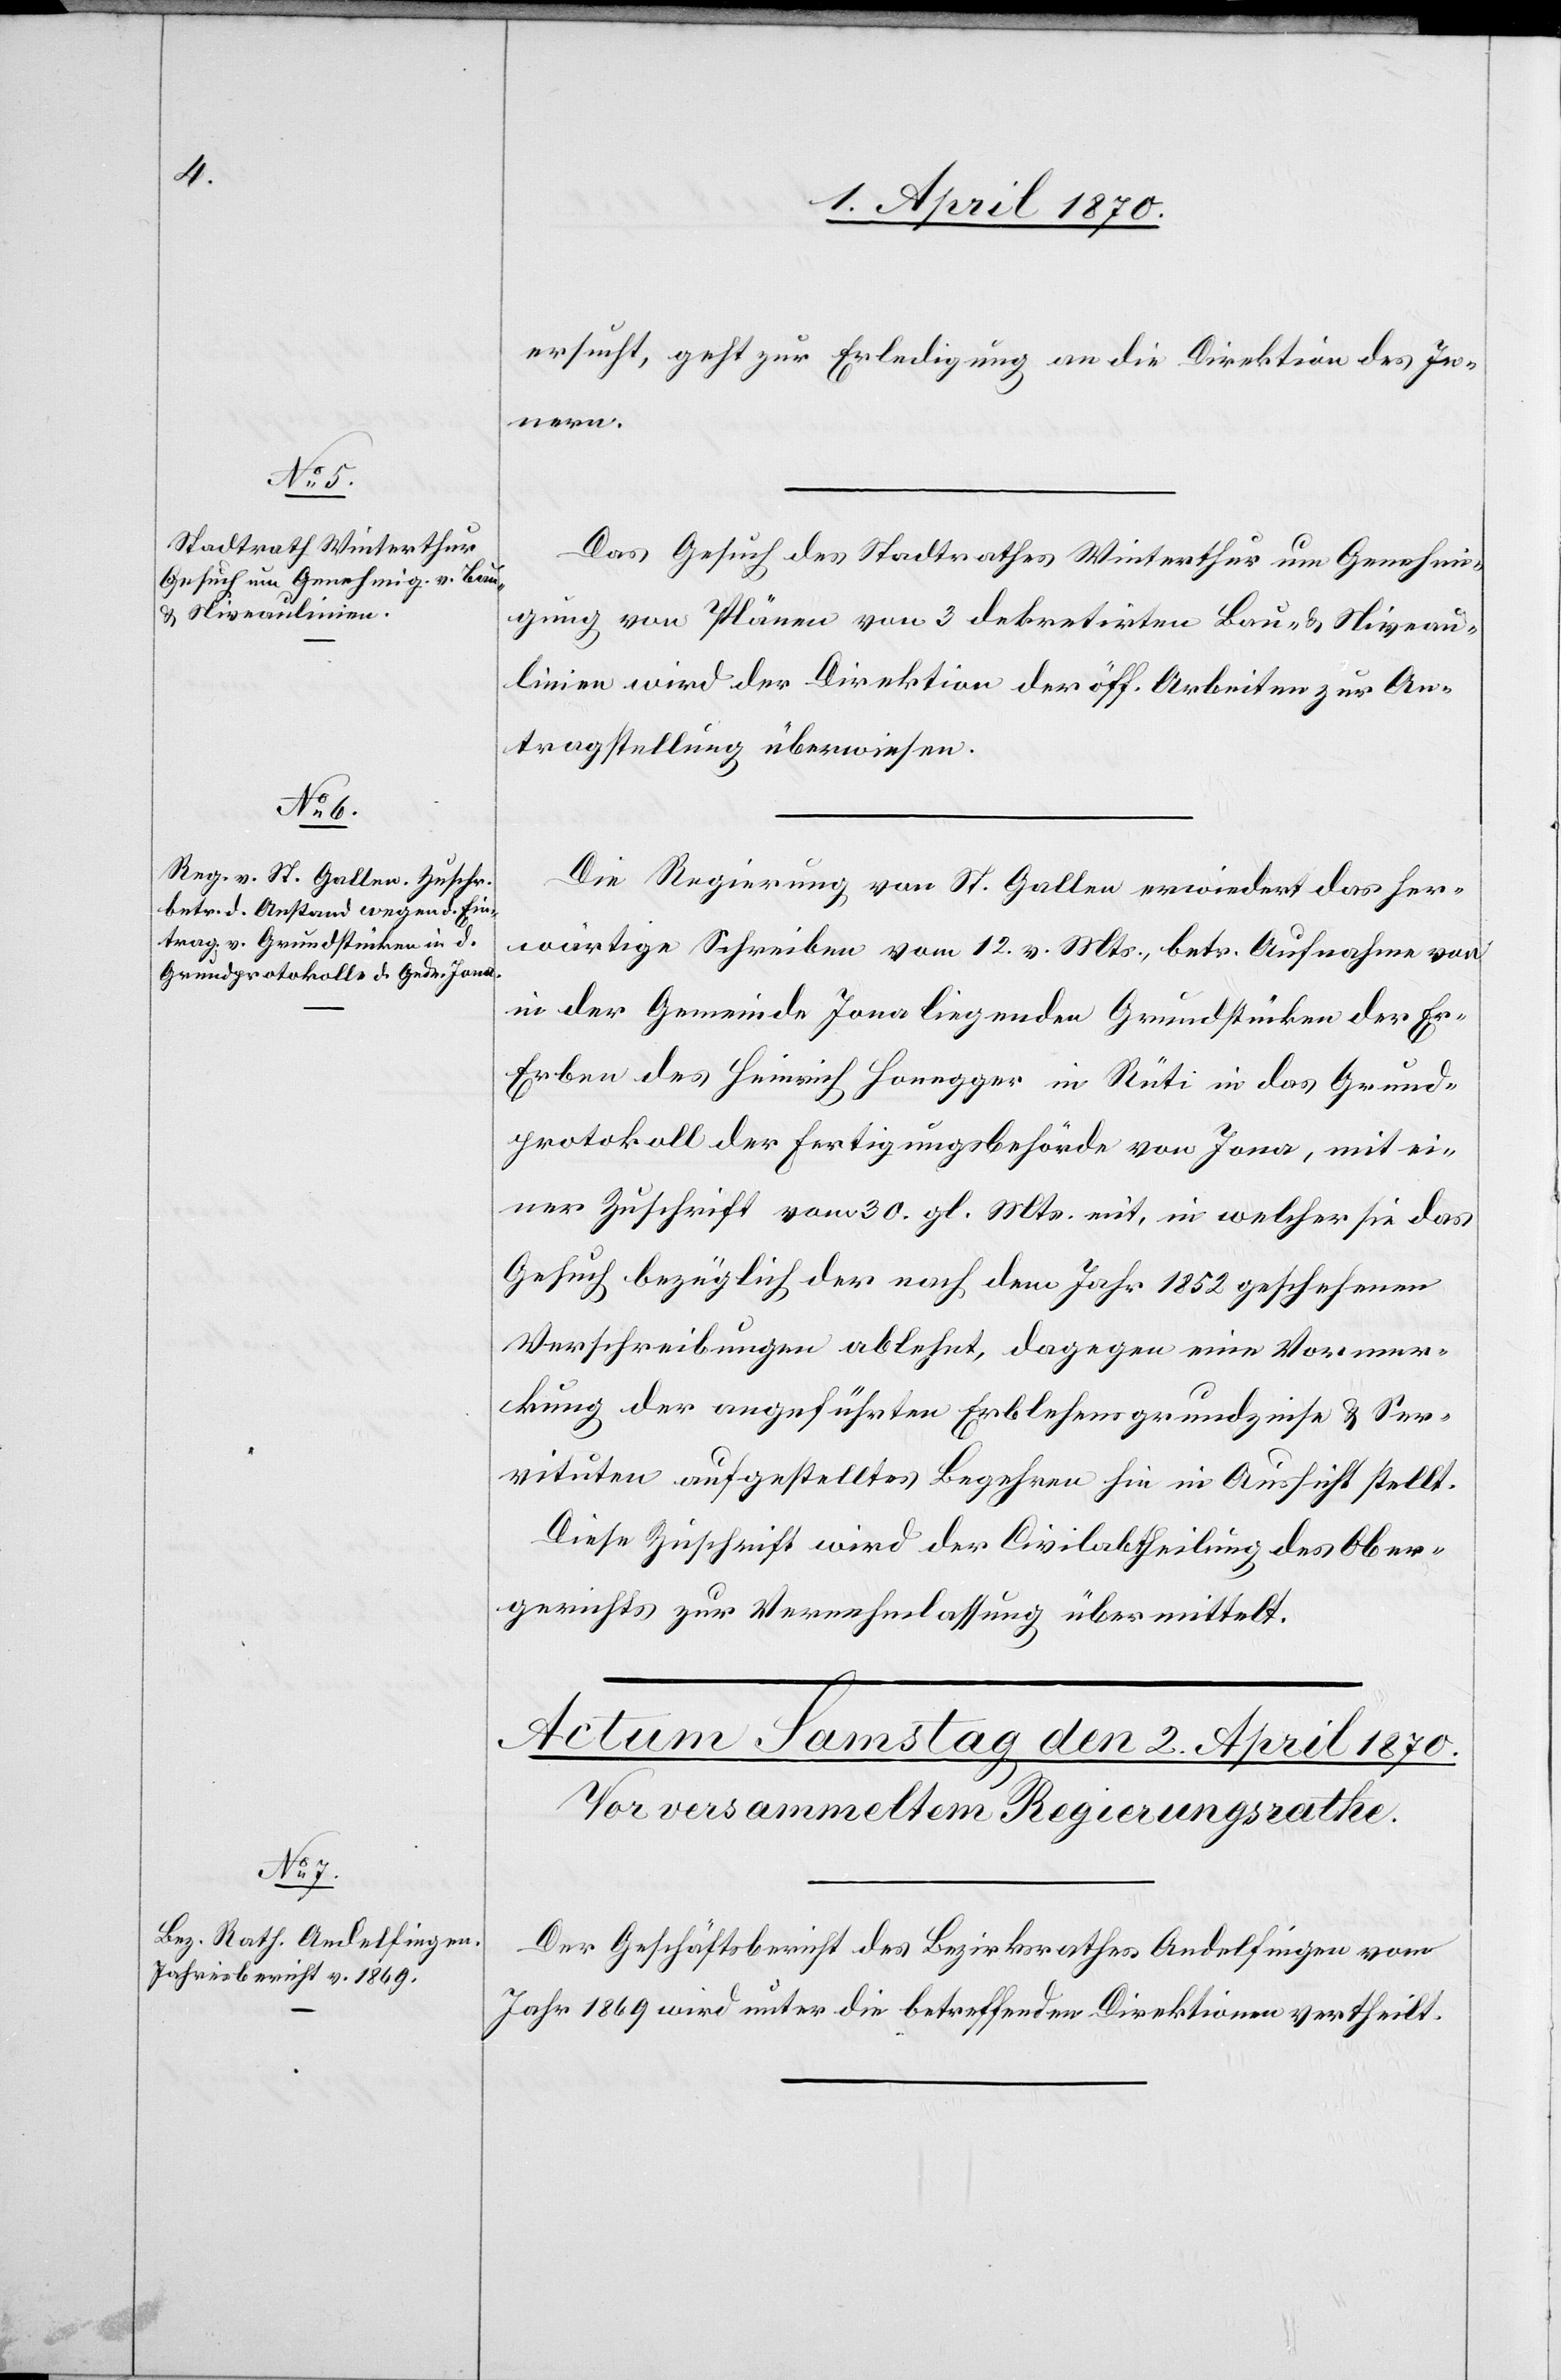
1. April 1870.]
ersucht, geht zur Erledigung an die Direktion des In¬
rben
Das Gesuch des Stadtrathes Winterthur um Genehmi¬
gung von Plänen von 3 dekretirten Bau- & Niveau¬
linien wird der Direktion der öff. Arbeiten zur An¬
tragstellung überwiesen.
Die Regierung von St. Gallen erwiedert das her¬
wärtige Schreiben vom 12. vor. Mts., betr. Aufnahme von
in der Gemeinde Jona liegenden Grundstücken der Er-E¬
[sic!] des Heinrich Honegger in Rüti in das Grund¬
protokoll der Fertigungsbehörde von Jona, mit ei¬
ner Zuschrift vom 30. gl. Mts. mit, in welcher sie das
Gesuch bezüglich der nach dem Jahr 1852 geschehenen
Verschreibungen ablehnt, dagegen eine Vormer¬
kung der angeführten Erblehensgrundzinse & Ser¬
vituten aufgestelltes Begehren hin in Aussicht stellt.
Diese Zuschrift wird der Civilabtheilung des Ober¬
gerichts zur Vernehmlassung übermittelt.
Der Geschäftsbericht des Bezirksrathes Andelfingen vom
Jahr 1869 wird unter die betreffenden Direktionen vertheilt.